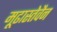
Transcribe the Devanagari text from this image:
मूढास्तेवैन